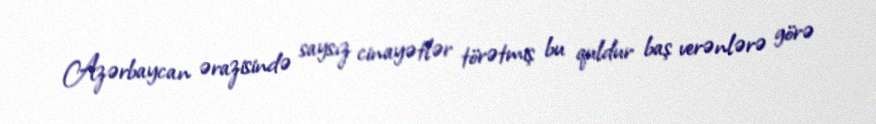
Azərbaycan ərazisində saysız cinayətlər törətmiş bu quldur baş verənlərə görə